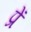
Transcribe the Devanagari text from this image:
प्रें